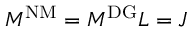
M ^ { \mathrm { { N M } } } = M ^ { \mathrm { { D G } } } L = J